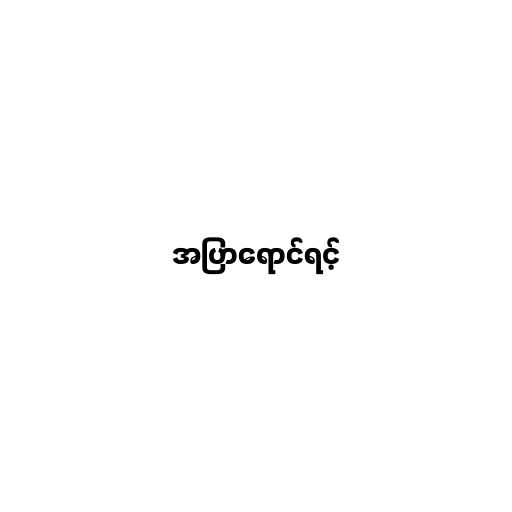
အပြာရောင်ရင့်